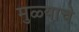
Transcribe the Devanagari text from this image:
मुळ्याचे